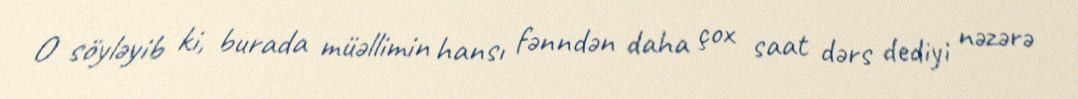
O söyləyib ki, burada müəllimin hansı fənndən daha çox saat dərs dediyi nəzərə